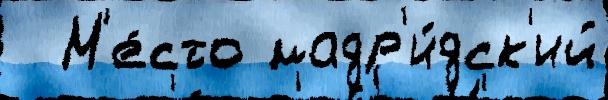
  М'е́сто мадр'и́дск'ий